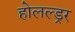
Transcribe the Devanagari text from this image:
होलल्ड्रर